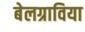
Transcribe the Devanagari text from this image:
बेलग्राविया